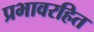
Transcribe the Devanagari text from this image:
प्रभावरहित